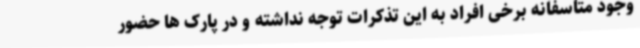
وجود متاسفانه برخی افراد به این تذکرات توجه نداشته و در پارک ها حضور